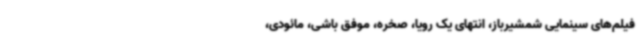
فیلم‌های سینمایی شمشیرباز، انتهای یک رویا، صخره، موفق باشی، مائودی،